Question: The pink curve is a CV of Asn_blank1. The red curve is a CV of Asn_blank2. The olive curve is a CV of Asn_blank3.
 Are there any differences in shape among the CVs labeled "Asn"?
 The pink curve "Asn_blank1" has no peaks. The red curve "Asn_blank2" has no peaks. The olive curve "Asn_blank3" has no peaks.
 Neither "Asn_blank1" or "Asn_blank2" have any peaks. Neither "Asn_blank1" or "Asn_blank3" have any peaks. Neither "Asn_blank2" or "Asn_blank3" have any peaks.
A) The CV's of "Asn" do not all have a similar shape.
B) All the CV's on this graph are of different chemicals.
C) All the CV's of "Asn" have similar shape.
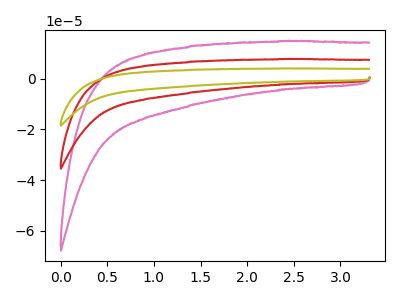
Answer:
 <answer>C) All the CV's of "Asn" have similar shape.</answer>
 <eval>C</eval>